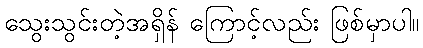
သွေးသွင်းတဲ့အရှိန် ကြောင့်လည်း ဖြစ်မှာပါ။